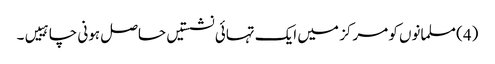
(4) مسلمانوں کو مرکز میں ایک تہائی نشستیں حاصل ہونی چاہییں۔